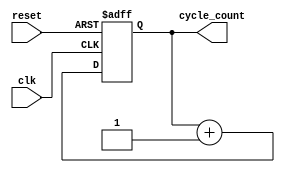
module clock_cycle_initialization (
    input wire clk,          // Clock signal
    input wire reset,        // Reset signal
    output reg [31:0] cycle_count // Cycle count register (32-bits)
);

// Always block triggered on clock's rising edge or reset
always @(posedge clk or posedge reset) begin
    if (reset) begin
        cycle_count <= 32'b0; // Initialize cycle count to 0 on reset
    end else begin
        cycle_count <= cycle_count + 1; // Increment cycle count on clock edge
    end
end

endmodule